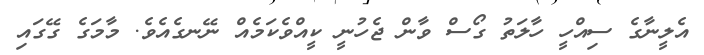
އެލީނާގެ ސިއްހީ ހާލަތު ގޯސް ވާން ޖެހުނީ ކީއްވެކަމެއް ނޭނގެއެވެ. މާމަގެ ގޭގައި